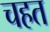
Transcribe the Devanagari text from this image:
चहत